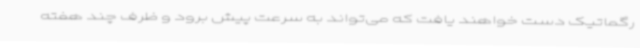
رگماتیک دست خواهند یافت که می‌تواند به سرعت پیش برود و ظرف چند هفته